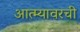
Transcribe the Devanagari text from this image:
आत्म्यावरची